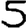
Digit: 5